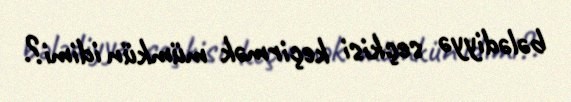
bələdiyyə seçkisi keçirmək mümkün idimi?.